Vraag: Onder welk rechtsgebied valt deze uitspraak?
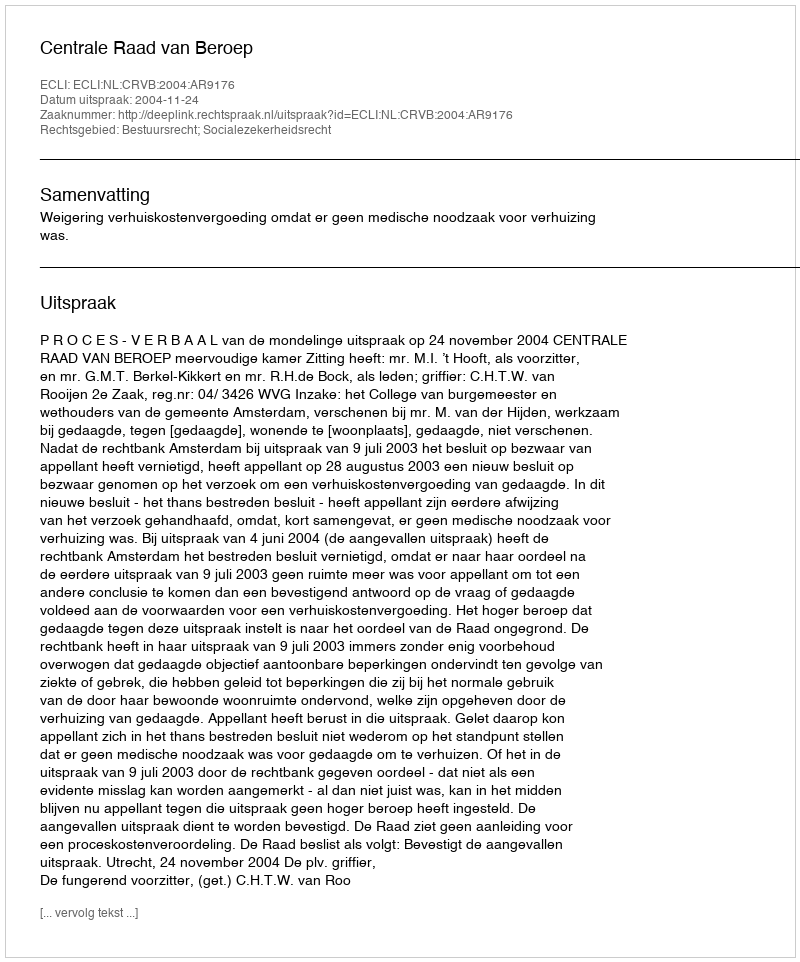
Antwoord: Bestuursrecht; Socialezekerheidsrecht